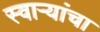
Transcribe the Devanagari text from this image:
स्वाऱ्यांचा